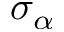
\sigma _ { \alpha }